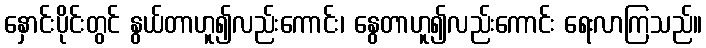
နှောင်းပိုင်းတွင် နွယ်တာဟူ၍လည်းကောင်း၊ နွေတာဟူ၍လည်းကောင်း ရေးလာကြသည်။